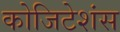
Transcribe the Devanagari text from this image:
कोजिटेशंस